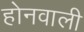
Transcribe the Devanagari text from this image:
होनवाली